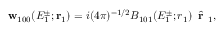
{ \bf { w } } _ { 1 0 0 } ( E _ { 1 } ^ { \pm } ; \mathbf { r } _ { 1 } ) = i ( 4 \pi ) ^ { - 1 / 2 } { \cal B } _ { 1 0 1 } ( E _ { 1 } ^ { \pm } ; { r } _ { 1 } ) \, \hat { \textbf { r } } _ { 1 } ,